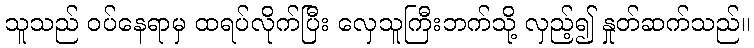
သူသည် ဝပ်နေရာမှ ထရပ်လိုက်ပြီး လှေသူကြီးဘက်သို့ လှည့်၍ နှုတ်ဆက်သည်။